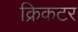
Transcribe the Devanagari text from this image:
क्रिकटर